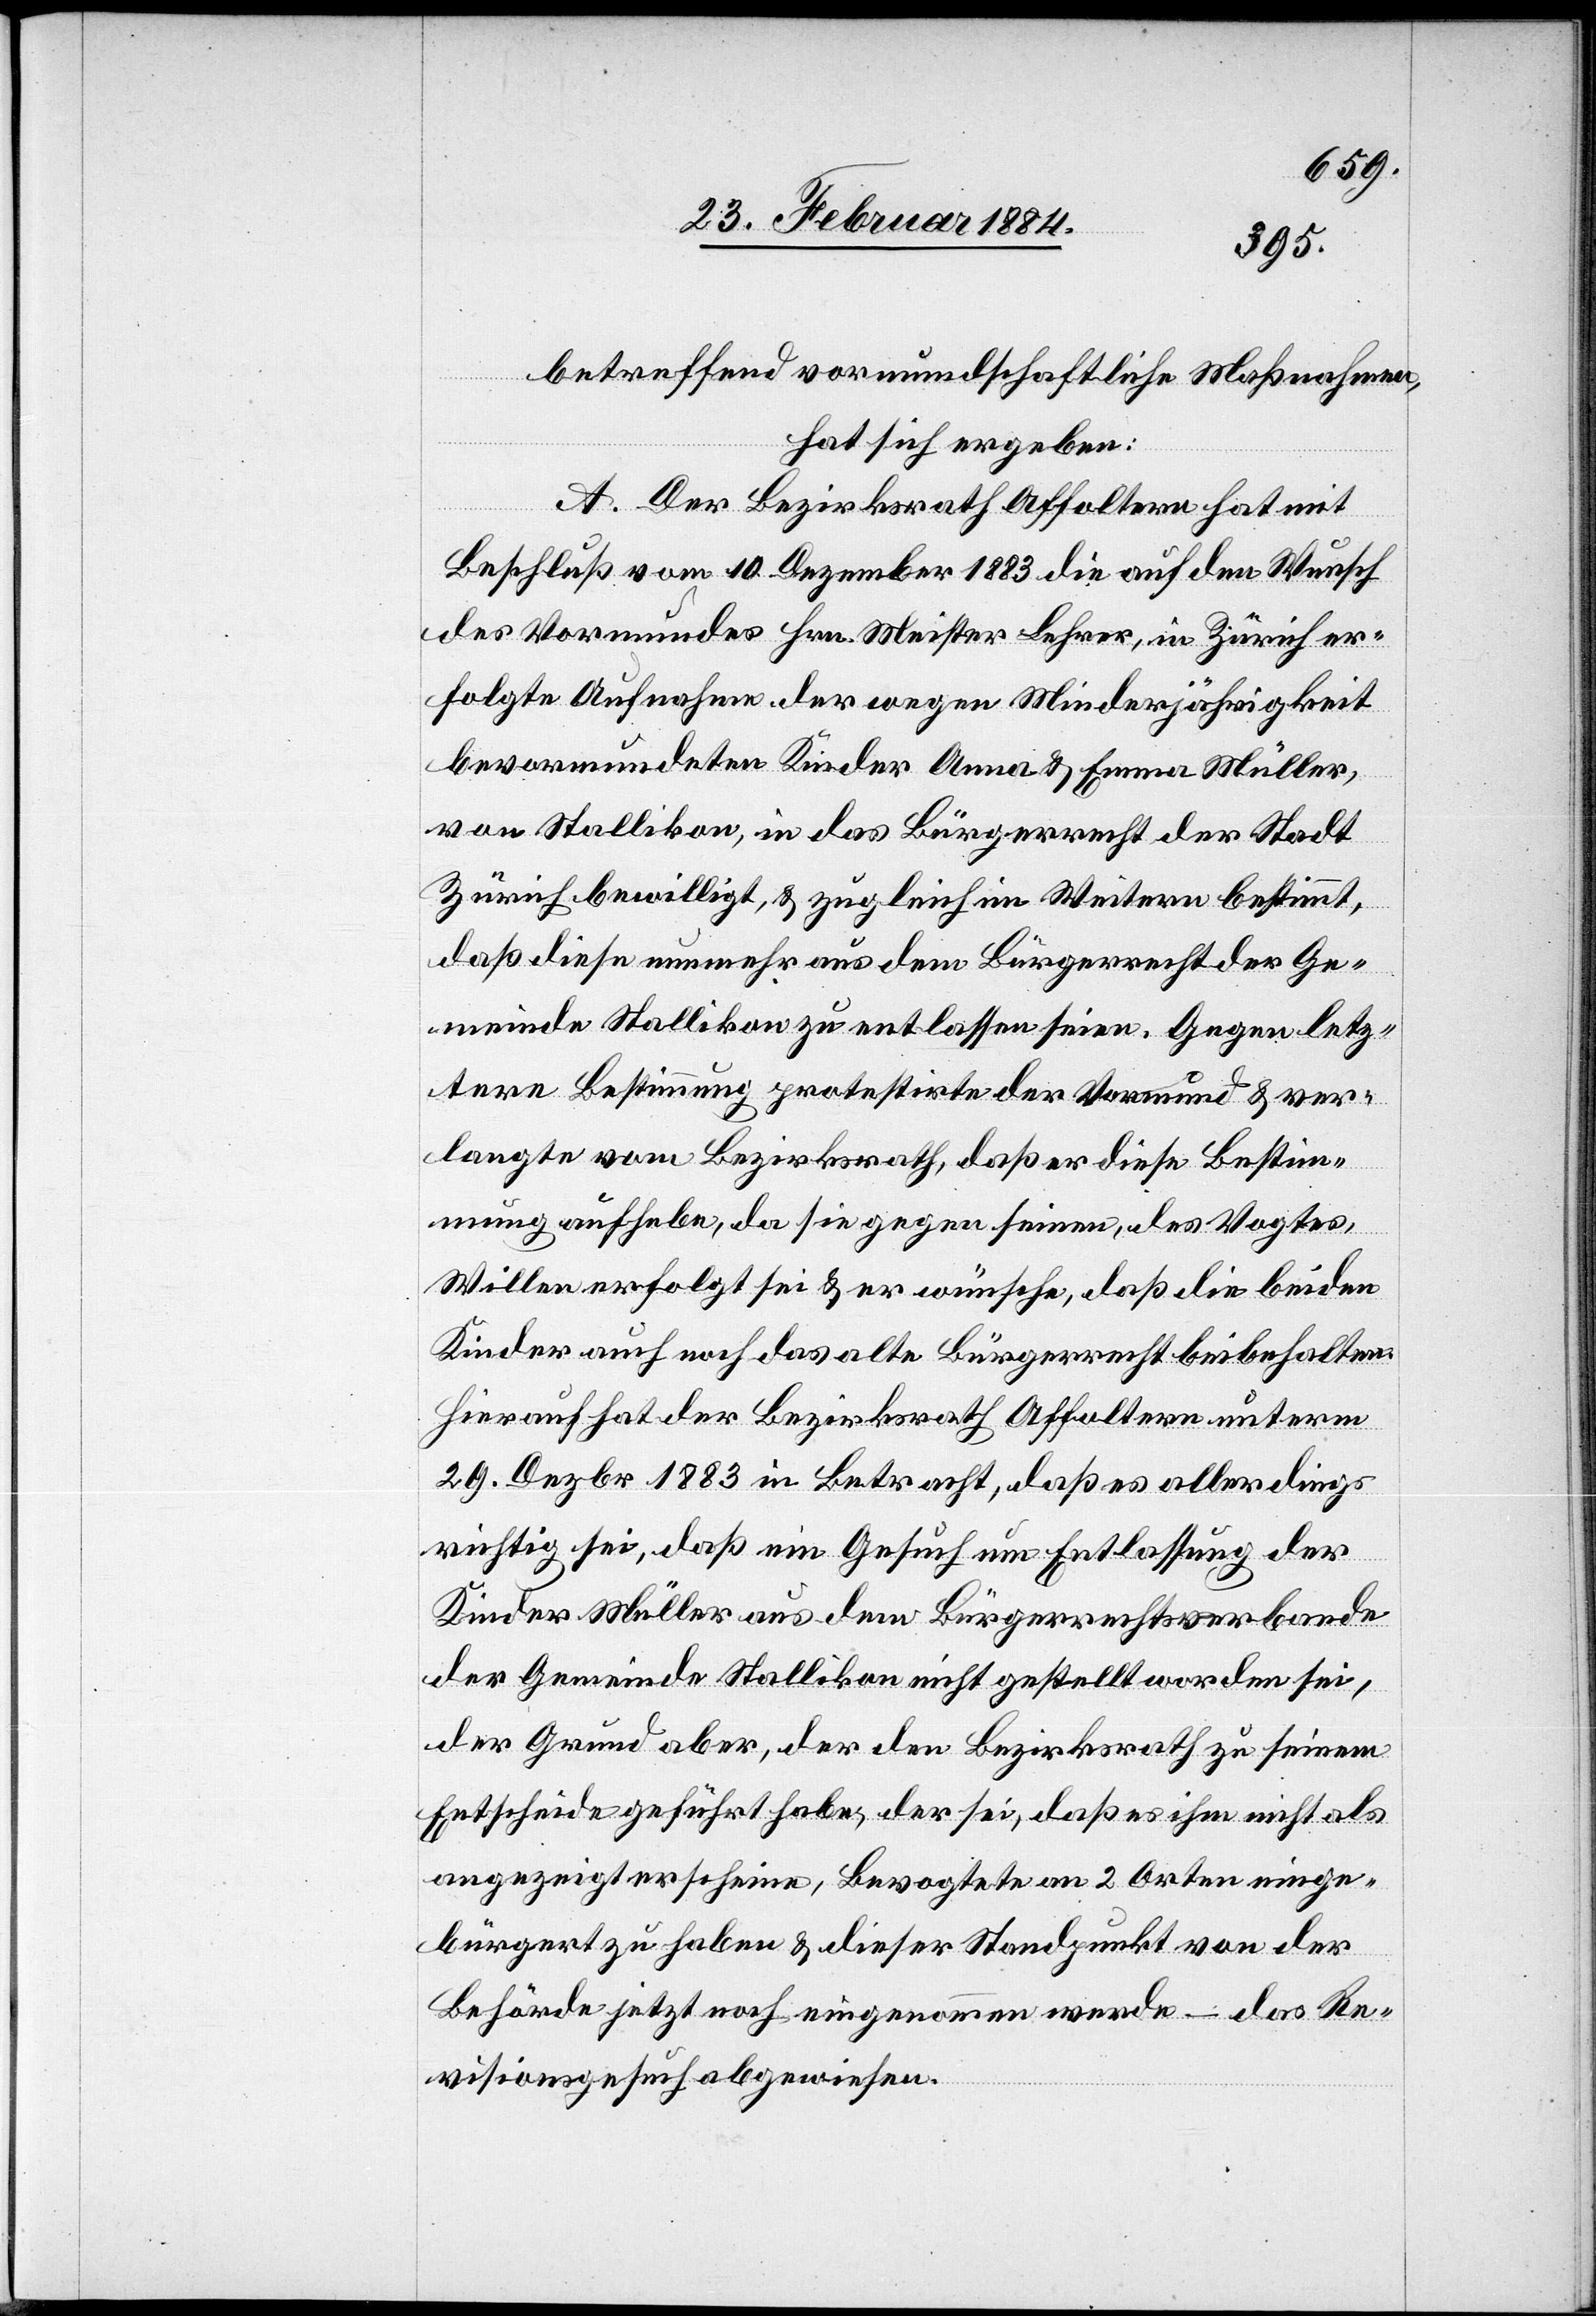
betreffend vormundschaftliche Maßnahmen,
hat sich ergeben:
A. Der Bezirksrath Affoltern hat mit
Beschluß vom 10. Dezember 1883 die auf den Wunsch
des Vormundes Hrn. Meister, Lehrer in Zürich er¬
folgte Aufnahme der wegen Minderjährigkeit
bevormundeten Kinder Anna & Emma Müller,
von Stallikon, in das Bürgerrecht der Stadt
Zürich bewilligt, & zugleich im Weitern bestimmt,
daß diese nunmehr aus dem Bürgerrecht der Ge¬
meinde Stallikon zu entlassen seien. Gegen letz¬
tere Bestimmung protestierte der Vormund & ver¬
langte vom Bezirksrath, daß er diese Bestim¬
mung aufhebe, da sie gegen seinen, des Vogtes,
Willen erfolgt sei & er wünsche, daß die beiden
Kinder auch noch das alte Bürgerrecht beibehalten.
Hierauf hat der Bezirksrath Affoltern unterm
29. Dezbr. 1883 in Betracht, daß es allerdings
richtig sei, daß ein Gesuch um Entlassung der
Kinder Müller aus dem Bürgerrechtsverbande
der Gemeinde Stallikon nicht gestellt worden sei,
der Grund aber, der den Bezirksrath zu seinem
Entscheide geführt habe, der sei, daß es ihm nicht als
angezeigt erscheine, Bevogtete an 2 Orten einge¬
bürgert zu haben & dieser Standpunkt von der
Behörde jetzt noch eingenommen werde – das Re¬
visionsgesuch abgewiesen.